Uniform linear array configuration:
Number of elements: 12
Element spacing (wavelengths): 0.25
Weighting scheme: cosine
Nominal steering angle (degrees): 30
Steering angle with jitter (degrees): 28.314
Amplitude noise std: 0.05
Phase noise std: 0.05

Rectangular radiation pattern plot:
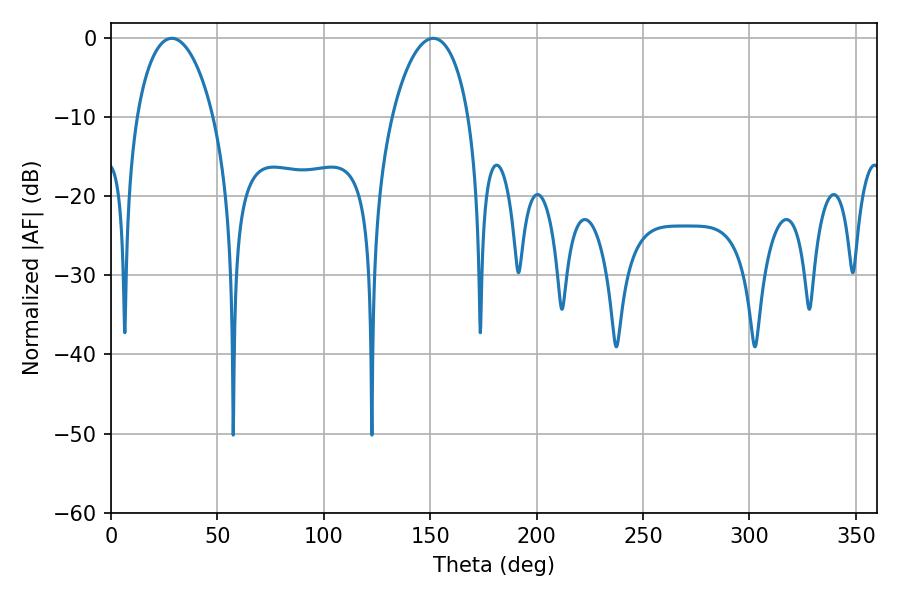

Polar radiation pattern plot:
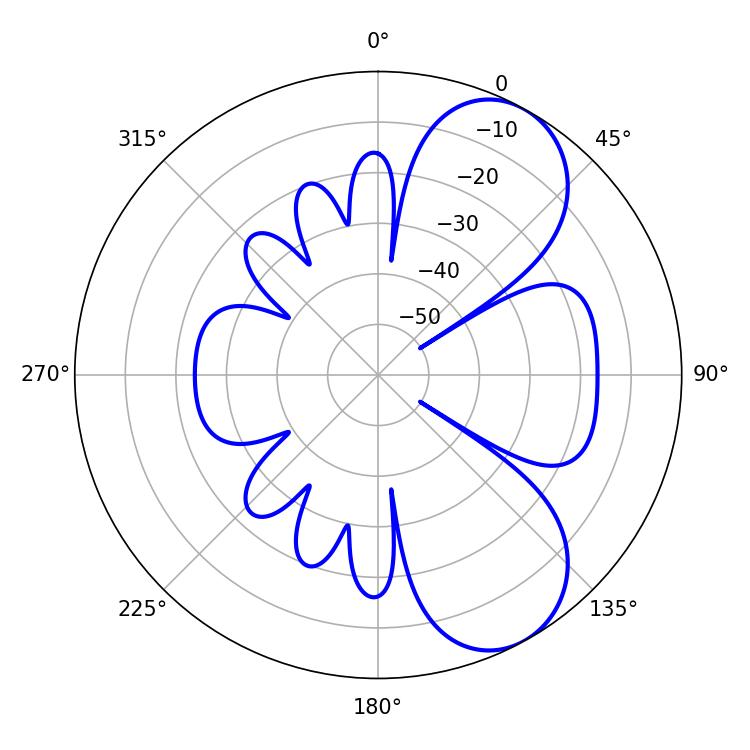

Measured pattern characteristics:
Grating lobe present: FALSE
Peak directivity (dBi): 7.246
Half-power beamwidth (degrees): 20.52
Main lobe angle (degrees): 28.62